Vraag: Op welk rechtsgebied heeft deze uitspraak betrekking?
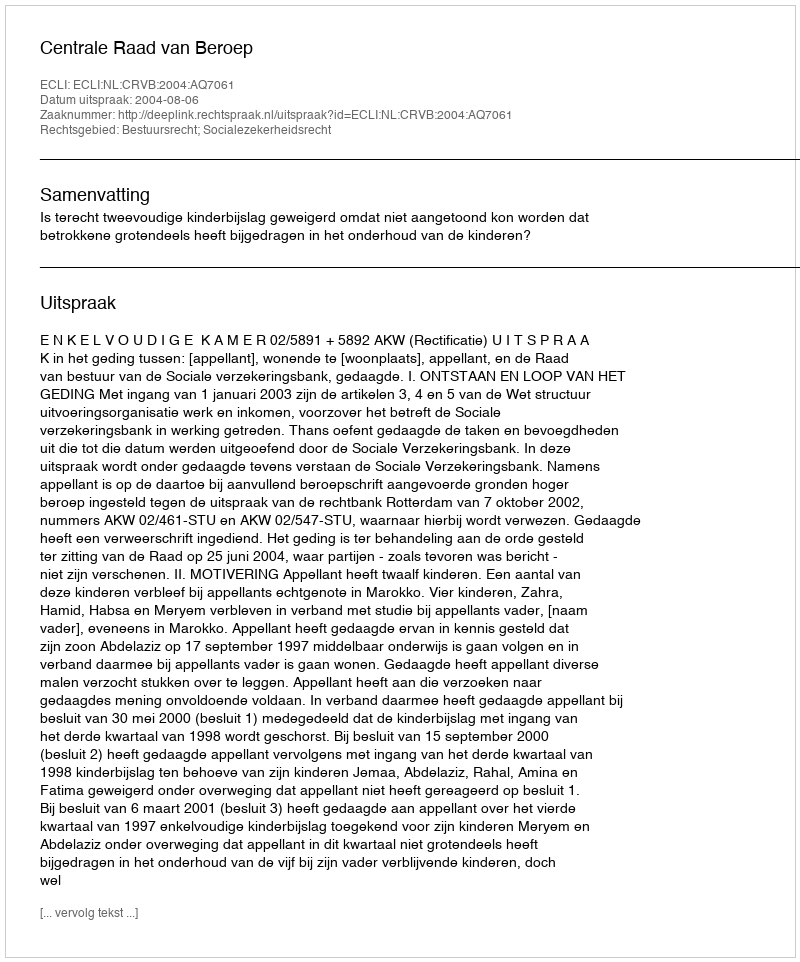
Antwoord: Bestuursrecht; Socialezekerheidsrecht